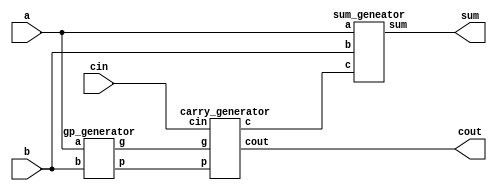
module CLA_4bit(a,b,cin,sum,cout);

    input [3:0] a,b;
    input cin;
    output [3:0] sum;
    output cout;
    
    wire [3:0] g,p,c;

    //generate g & p
    gp_generator gp_geneator1(a[3:0],b[3:0],g[3:0],p[3:0]); 
    
    //generate all carrys 
    carry_generator carry_geneator_c0(g[3:0],p[3:0],cin,c[3:0],cout);

    //generate sum
    sum_geneator geneate_sum(a[3:0],b[3:0],c[3:0],sum[3:0]);    

endmodule

module gp_generator(a,b,g,p);

    input [3:0] a,b;
    output [3:0] g,p;
    
    // g = a x b && p = a + b
    assign g[0] = a[0] & b[0];
    assign p[0] = a[0] | b[0];

    assign g[1] = a[1] & b[1];
    assign p[1] = a[1] | b[1];

    assign g[2] = a[2] & b[2];
    assign p[2] = a[2] | b[2];

    assign g[3] = a[3] & b[3];
    assign p[3] = a[3] | b[3];

endmodule

module carry_generator(g,p,cin,c,cout);

    input [3:0] g,p;
    input cin;
    output [3:0] c;
    output cout;

    //create carrys
    assign c[0] = cin;
    assign c[1] = g[0] | (p[0] & cin);
    assign c[2] = g[1] | (p[1] & g[0]) | (p[1] & p[0] & cin);
    assign c[3] = g[2] | (p[2] & g[1]) | (p[2] & p[1] & g[0]) | (p[2] & p[1] & p[0] & cin);
    assign cout = g[3] | (p[3] & g[2]) | (p[3] & p[2] & g[1]) | (p[3] & p[2] & p[1] & g[0]) | (p[3] & p[2] & p[1] & p[0] & cin);

endmodule

module sum_geneator(a,b,c,sum);

    input [3:0] a,b,c;
    output [3:0] sum;

    //sum = a ^ b ^ c;
    assign sum[0] = a[0] ^ b[0] ^ c[0];
    assign sum[1] = a[1] ^ b[1] ^ c[1];
    assign sum[2] = a[2] ^ b[2] ^ c[2];
    assign sum[3] = a[3] ^ b[3] ^ c[3];

endmodule